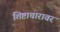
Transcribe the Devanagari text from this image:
शिष्टाचारावर